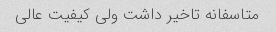
متاسفانه تاخیر داشت ولی کیفیت عالی